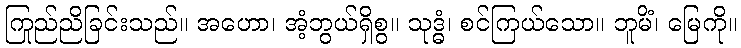
ကြည်ညိုခြင်းသည်။ အဟော၊ အံ့ဘွယ်ရှိစွ။ သုဒ္ဓံ၊ စင်ကြယ်သော။ ဘူမိံ၊ မြေကို။